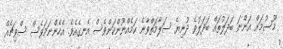
މޫސުމަށް އަންނަ ބަދަލުތައް ބަދަލުވެ ދުނިޔެ ސަލާމަތްވާނެ ކަމެއްނޫންކަންވެސް އެނގެއެވެ. އެހެންނަމަވެސް ސްވިޗެއް